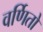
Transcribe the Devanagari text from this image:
वर्णितो